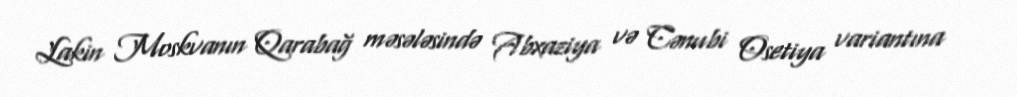
Lakin Moskvanın Qarabağ məsələsində Abxaziya və Cənubi Osetiya variantına